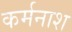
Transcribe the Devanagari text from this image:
कर्मनाश